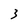
Character: 3